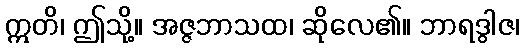
ဣတိ၊ ဤသို့။ အဇ္ဇဘာသထ၊ ဆိုလေ၏။ ဘာရဒွါဇ၊